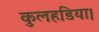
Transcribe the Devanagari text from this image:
कुलहडिया।